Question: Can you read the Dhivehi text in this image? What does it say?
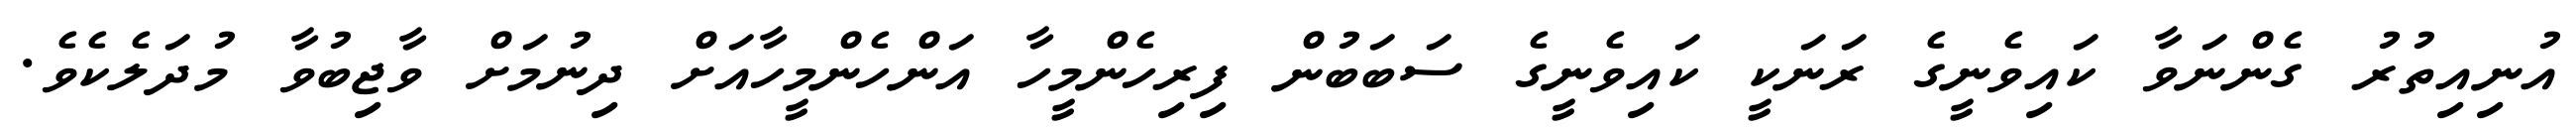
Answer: އުނިއިތުރު ގެންނަވާ ކައިވެނީގެ ރަނަކީ ކައިވެނީގެ ސަބަބުން ފިރިހެންމީހާ އަންހެންމީހާއަށް ދިނުމަށް ވާޖިބުވާ މުދަލެކެވެ.